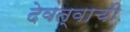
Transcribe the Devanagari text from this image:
देवत्वाची